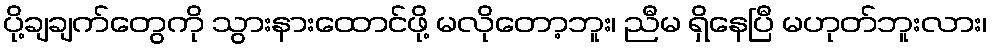
ပို့ချချက်တွေကို သွားနားထောင်ဖို့ မလိုတော့ဘူး၊ ညီမ ရှိနေပြီ မဟုတ်ဘူးလား၊